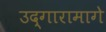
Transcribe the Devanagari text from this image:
उद्गारामागे